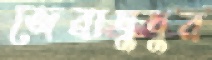
জেব্রাঘুঘুর